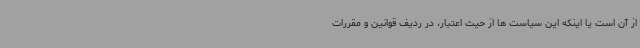
از آن است یا اینکه این سیاست ها از حیث اعتبار، در ردیف قوانین و مقررات